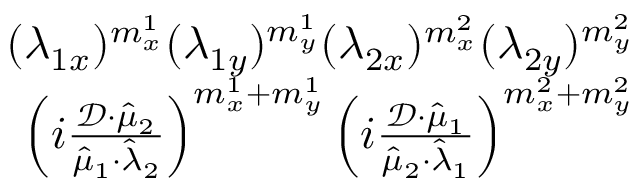
\begin{array} { r } { ( \lambda _ { 1 x } ) ^ { m _ { x } ^ { 1 } } ( \lambda _ { 1 y } ) ^ { m _ { y } ^ { 1 } } ( \lambda _ { 2 x } ) ^ { m _ { x } ^ { 2 } } ( \lambda _ { 2 y } ) ^ { m _ { y } ^ { 2 } } } \\ { \left( i \frac { \mathcal { D } \cdot \hat { \mu } _ { 2 } } { \hat { \mu } _ { 1 } \cdot \hat { \lambda } _ { 2 } } \right) ^ { m _ { x } ^ { 1 } + m _ { y } ^ { 1 } } \left( i \frac { \mathcal { D } \cdot \hat { \mu } _ { 1 } } { \hat { \mu } _ { 2 } \cdot \hat { \lambda } _ { 1 } } \right) ^ { m _ { x } ^ { 2 } + m _ { y } ^ { 2 } } } \end{array}